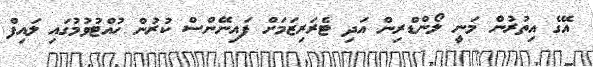
އޭގެ އިތުރުން މަނީ ލޯންޑްރިން އަދި ޓެރަރިޒަމަށް ފައިނޭންސް ކުރުން ހުއްޓުވުމުގައި ލައިފް